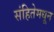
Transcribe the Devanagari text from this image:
संहितेमधून